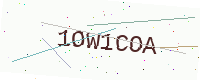
Text: 1OW1COA